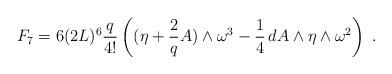
LaTeX: \begin{align*}F_7 = 6 (2L)^{6} \frac{q}{4!} \left((\eta+\frac{2}{q}A)\wedge \omega^3-\frac{1}{4} \, dA \wedge \eta \wedge \omega^2 \right) \ .\end{align*}